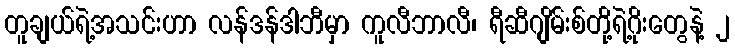
တူချယ်ရဲ့အသင်းဟာ လန်ဒန်ဒါဘီမှာ ကူလီဘာလီ၊ ရီဆီဂျိမ်းစ်တို့ရဲ့ဂိုးတွေနဲ့ ၂